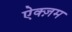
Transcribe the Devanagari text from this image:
ऐक्ज़म